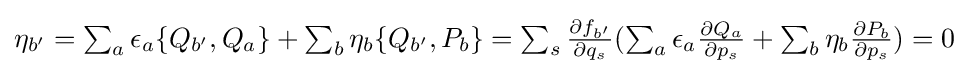
{\textstyle \eta _{b'}=\sum _{a}\epsilon _{a}\{Q_{b'},Q_{a}\}+\sum _{b}\eta _{b}\{Q_{b'},P_{b}\}=\sum _{s}{\frac {\partial f_{b'}}{\partial q_{s}}}(\sum _{a}\epsilon _{a}{\frac {\partial Q_{a}}{\partial p_{s}}}+\sum _{b}\eta _{b}{\frac {\partial P_{b}}{\partial p_{s}}})=0}